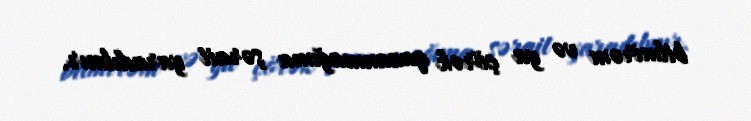
bilmirəm və ya çörək qazanmağıma şərait yaradılmır.